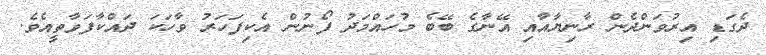
ދެގަޑި އިރުވަންދެން ރާނިޔާއާއި އޭނާގެ ބޭބެ މުހައްމަދު ފޯނުން އެކިފަހަރު ވާހަކަ ދައްކާފަވާތީއެވެ.